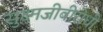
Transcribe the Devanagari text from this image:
सुक्ष्मजीवीरोधी